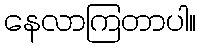
နေလာကြတာပါ။